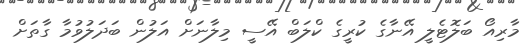
މާރިއޯ ބަލޮޓެލީ އޭނާގެ ކުރީގެ ކްލަބް އޭސީ މިލާނަށް އަލުން ބަދަލުވުމާ ގާތަށް